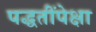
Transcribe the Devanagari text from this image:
पद्धतींपेक्षा